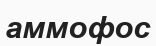
аммофос